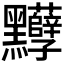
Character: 𪓈